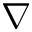
\nabla